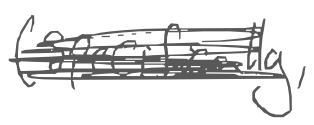
Text: (specifically,
Cross-out: scratch
Writing tool: digital_gray